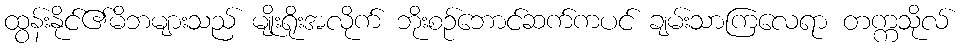
ထွန်းနိုင်၏မိဘများသည် မျိုးရိုးအလိုက် ဘိုးစဉ်ဘောင်ဆက်ကပင် ချမ်းသာကြလေရာ တက္ကသိုလ်